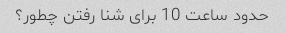
حدود ساعت 10 برای شنا رفتن چطور؟